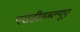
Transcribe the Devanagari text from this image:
एसडीडब्ल्यूए